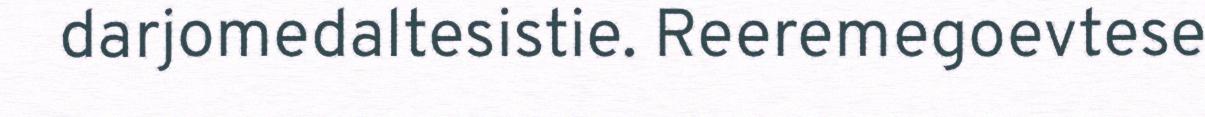
darjomedaltesistie. Reeremegoevtese